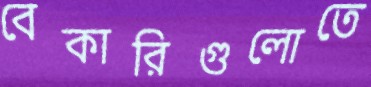
বেকারিগুলোতে